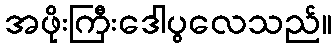
အဖိုးကြီးဒေါပွလေသည်။